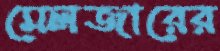
মেলজারের